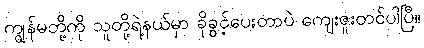
ကျွန်မတို့ကို သူတို့ရဲ့နယ်မှာ ခိုခွင့်ပေးတာပဲ ကျေးဇူးတင်ပါပြီ။